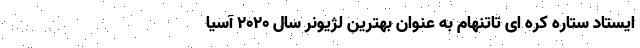
ایستاد ستاره کره ای تاتنهام به عنوان بهترین لژیونر سال 2020 آسیا